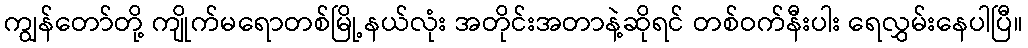
ကျွန်တော်တို့ ကျိုက်မရောတစ်မြို့နယ်လုံး အတိုင်းအတာနဲ့ဆိုရင် တစ်ဝက်နီးပါး ရေလွှမ်းနေပါပြီ။